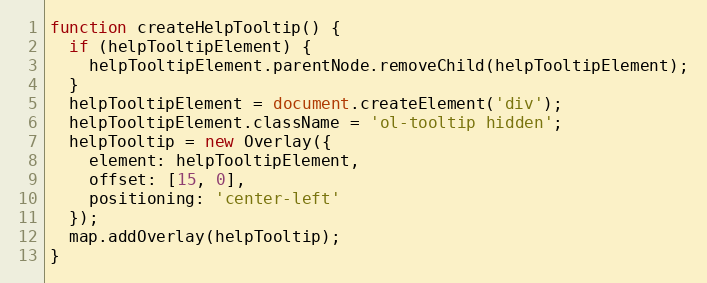
Language: JavaScript
function createHelpTooltip() {
  if (helpTooltipElement) {
    helpTooltipElement.parentNode.removeChild(helpTooltipElement);
  }
  helpTooltipElement = document.createElement('div');
  helpTooltipElement.className = 'ol-tooltip hidden';
  helpTooltip = new Overlay({
    element: helpTooltipElement,
    offset: [15, 0],
    positioning: 'center-left'
  });
  map.addOverlay(helpTooltip);
}